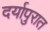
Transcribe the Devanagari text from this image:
दर्यापुरात